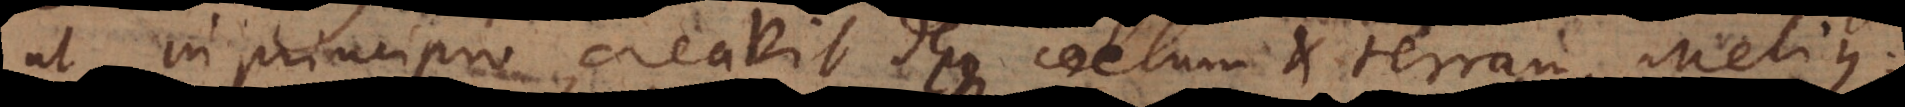
ut in principio creavit Deus coelum et terram, melius: